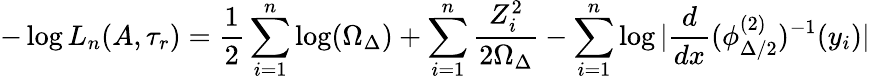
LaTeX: -\log L_{n}(A,\tau_{r})=\frac{1}{2}\sum_{i=1}^{n}\log(\Omega_{\Delta})+\sum_{i=1}^{n}\frac{Z_{i}^{2}}{2\Omega_{\Delta}}-\sum_{i=1}^{n}\log|\frac{d}{dx}(\phi_{\Delta/2}^{(2)})^{-1}(y_{i})|